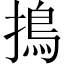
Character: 㨶